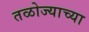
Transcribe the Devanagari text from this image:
तळोज्याच्या